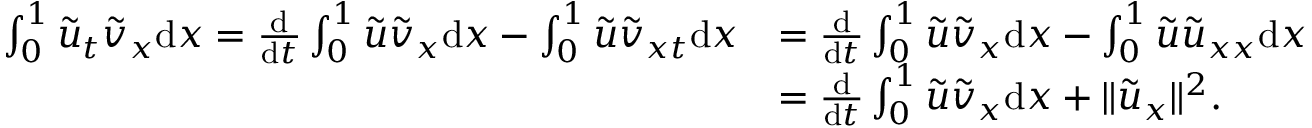
\begin{array} { r l } { \int _ { 0 } ^ { 1 } { \tilde { u } } _ { t } { \tilde { v } } _ { x } { \mathrm { d } x } = \frac { \mathrm { d } } { \mathrm { d } t } \int _ { 0 } ^ { 1 } { \tilde { u } } { \tilde { v } } _ { x } { \mathrm { d } x } - \int _ { 0 } ^ { 1 } { \tilde { u } } { \tilde { v } } _ { x t } { \mathrm { d } x } } & { = \frac { \mathrm { d } } { \mathrm { d } t } \int _ { 0 } ^ { 1 } { \tilde { u } } { \tilde { v } } _ { x } { \mathrm { d } x } - \int _ { 0 } ^ { 1 } { \tilde { u } } { \tilde { u } } _ { x x } { \mathrm { d } x } } \\ & { = \frac { \mathrm { d } } { \mathrm { d } t } \int _ { 0 } ^ { 1 } { \tilde { u } } { \tilde { v } } _ { x } { \mathrm { d } x } + \| { \tilde { u } } _ { x } \| ^ { 2 } . } \end{array}